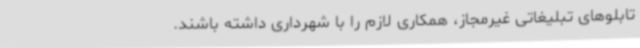
تابلوهای تبلیغاتی غیرمجاز، همکاری لازم را با شهرداری داشته باشند.